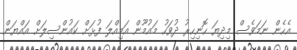
އެހެން ނަމަވެސް މިދިޔަ ހޮނިހިރު ދުވަހު މައުމޫން އަމިއްލަ ފުޅަށް ކައުންސިލަށް އައްޔަން